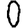
Digit: 0